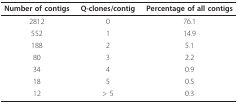
| Number of contigs | Q-clones/contig | Percentage of all contigs |
 | --- | --- | --- |
 | 2812 | 0 | 76.1 |
 | 552 | 1 | 14.9 |
 | 188 | 2 | 5.1 |
 | 80 | 3 | 2.2 |
 | 34 | 4 | 0.9 |
 | 18 | 5 | 0.5 |
 | 12 | > 5 | 0.3 |